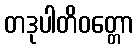
တဒုပါတိဝတ္တော